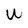
Character: U